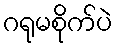
ဂရုမစိုက်ပဲ